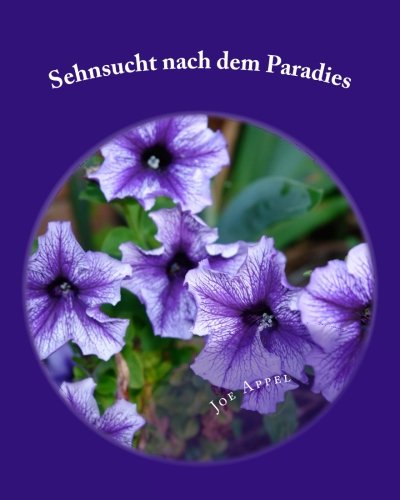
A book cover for Sehnsucht nach dem Paradies: Bilder und Erlebnisse aus Antigua in Guatemala (German Edition); Joe Appel; Travel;